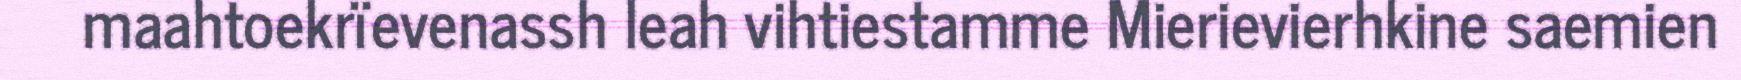
maahtoekrïevenassh leah vihtiestamme Mierievierhkine saemien